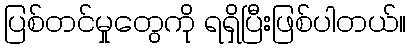
ပြစ်တင်မှုတွေကို ရရှိပြီးဖြစ်ပါတယ်။